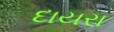
દાયરા